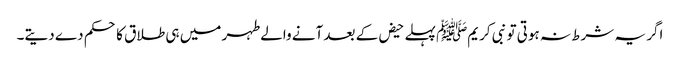
اگر یہ شرط نہ ہوتی تو نبی کریمﷺ پہلے حیض کے بعد آنے والے طہر میں ہی طلاق کا حکم دے دیتے۔